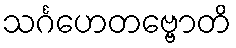
သင်္ဂဟေတဗ္ဗောတိ